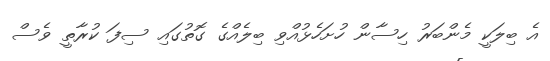
އެ ބިލަކީ މެންބަރު ހިސާން ހުށަހެޅުއްވި ބިލެއްގެ ގޮތުގައި ސިފަ ކުރާތީ ވެސް